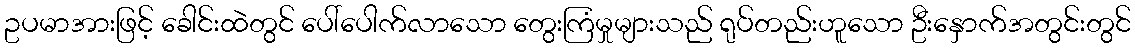
ဥပမာအားဖြင့် ခေါင်းထဲတွင် ပေါ်ပေါက်လာသော တွေးကြံမှုများသည် ရုပ်တည်းဟူသော ဦးနှောက်အတွင်းတွင်